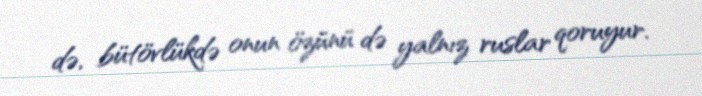
də, bütövlükdə onun özünü də yalnız ruslar qoruyur.